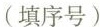
(填序号)